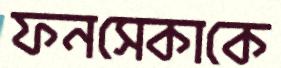
ফনসেকাকে